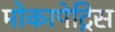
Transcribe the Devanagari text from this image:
मोकापेट्रिस